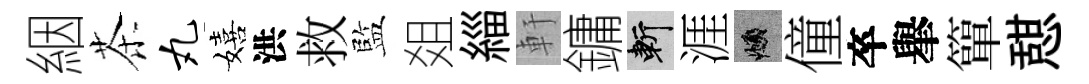
絪茶丸嬉洪救監爼緇軒鏞斬涯頫僮卒𦦙簞憇